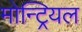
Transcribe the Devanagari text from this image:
मोन्ट्रियल